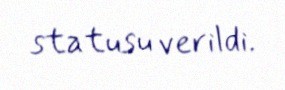
statusu verildi.